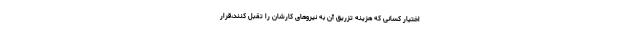
اختیار کسانی که هزینه تزریق آن به نیروهای کارشان را تقبل کنند،قرار